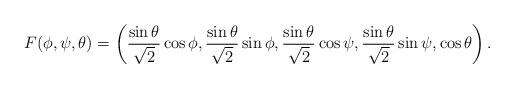
LaTeX: \begin{align*}F(\phi,\psi,\theta)=\left(\frac{\sin\theta}{\sqrt{2}}\cos\phi, \frac{\sin\theta}{\sqrt{2}}\sin\phi, \frac{\sin\theta}{\sqrt{2}}\cos\psi, \frac{\sin\theta}{\sqrt{2}}\sin\psi, \cos\theta\right).\end{align*}